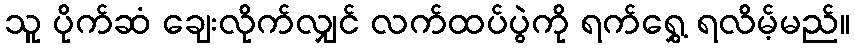
သူ ပိုက်ဆံ ချေးလိုက်လျှင် လက်ထပ်ပွဲကို ရက်ရွှေ့ ရလိမ့်မည်။